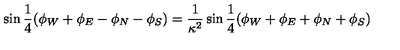
\sin { \frac { 1 } { 4 } ( \phi _ { W } + \phi _ { E } - \phi _ { N } - \phi _ { S } ) } = \frac { 1 } { \kappa ^ { 2 } } \sin { \frac { 1 } { 4 } ( \phi _ { W } + \phi _ { E } + \phi _ { N } + \phi _ { S } ) }